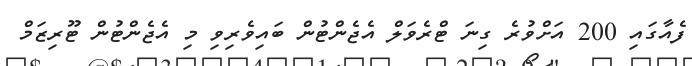
ފެއާގައި 200 އަށްވުރެ ގިނަ ޓްރެވަލް އެޖެންޓުން ބައިވެރިވި މި އެޖެންޓުން ޓޫރިޒަމް